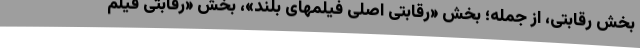
بخش رقابتی، از جمله؛ بخش «رقابتی اصلی فیلمهای بلند»، بخش «رقابتی فیلم